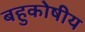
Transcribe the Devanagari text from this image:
बहुकोषीय